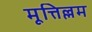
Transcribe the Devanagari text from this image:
मूत्तिल्लम